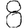
Digit: 8